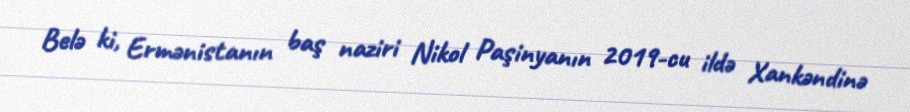
Belə ki, Ermənistanın baş naziri Nikol Paşinyanın 2019-cu ildə Xankəndinə